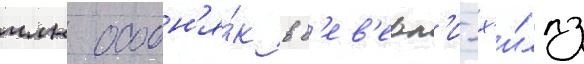
млн особн'я́к в б'ев'ерл'и-х'и́ллз